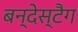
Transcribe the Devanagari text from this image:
बन्देस्टैग